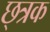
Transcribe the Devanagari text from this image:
छ्त्रक